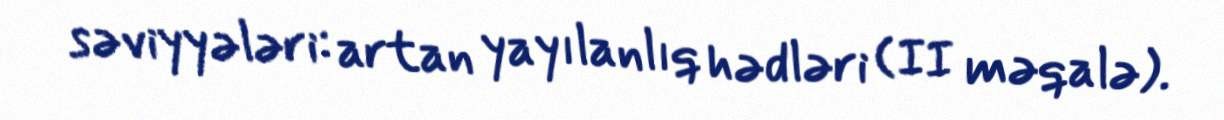
səviyyələri: artan yayılanlıq hədləri (II məqalə).